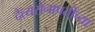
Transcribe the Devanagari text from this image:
दैत्यसेनापतींच्या